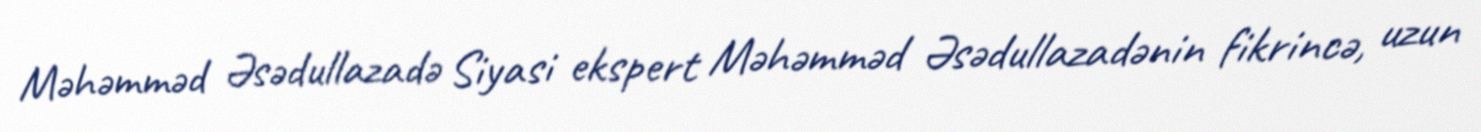
Məhəmməd Əsədullazadə Siyasi ekspert Məhəmməd Əsədullazadənin fikrincə, uzun